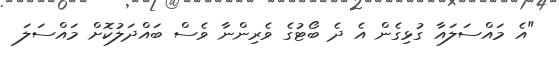
"އެ މައްސަލައާ ގުޅިގެން އެ ދެ ބޯޓުގެ ވެރިންނާ ވެސް ބައްދަލުކޮށް މައްސަލަ